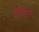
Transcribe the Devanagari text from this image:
प्लैटिनम